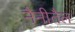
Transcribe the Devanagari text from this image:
नैनीतैल